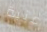
عتبة